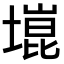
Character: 𫮞